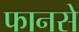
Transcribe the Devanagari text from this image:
फानसे